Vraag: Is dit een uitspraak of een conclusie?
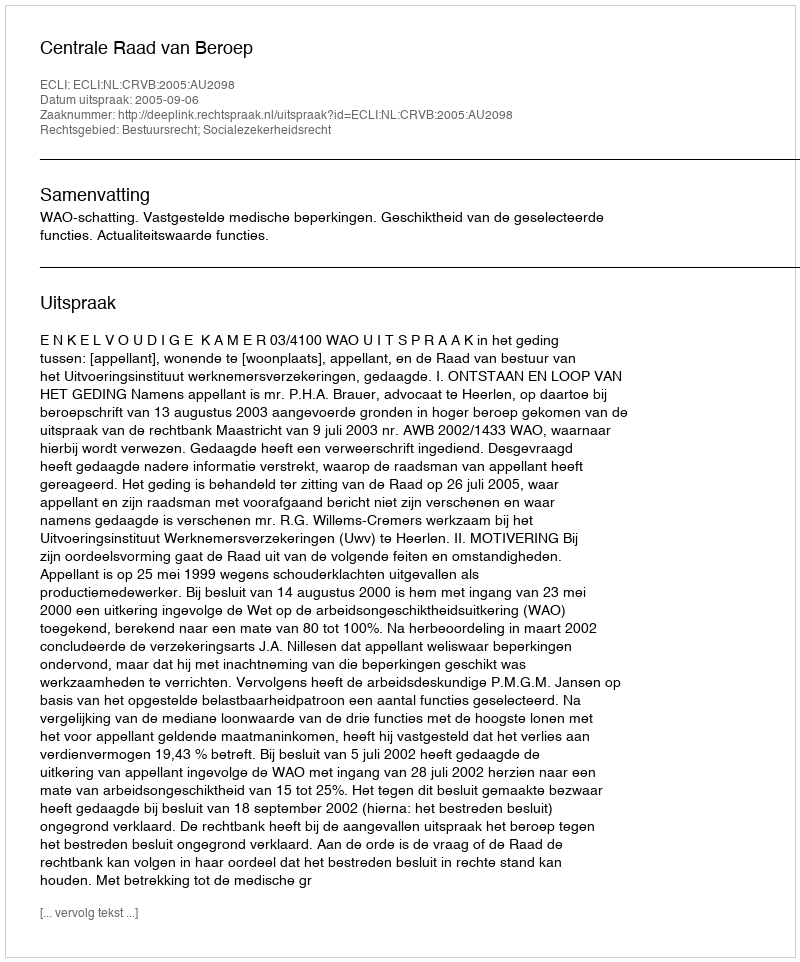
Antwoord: Uitspraak